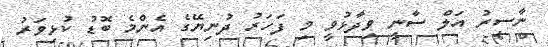
ނާސިރު އަލް ސާނީ ވިދާޅުވީ މި ފަހަރު ދުނިޔޭގެ އެންމެ ބޮޑު ކުޅިވަރު